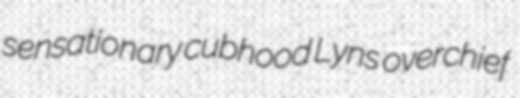
sensationary cubhood Lyns overchief